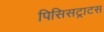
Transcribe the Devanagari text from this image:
पिसिसट्राटस